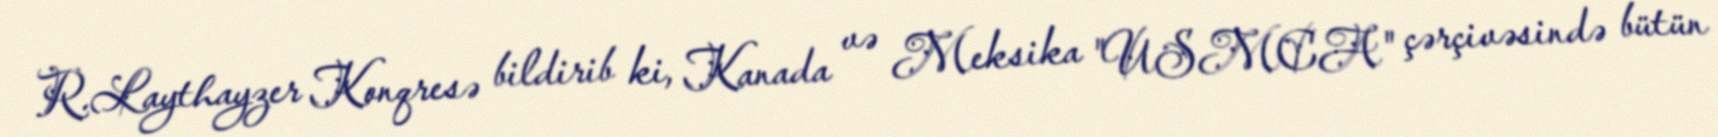
R.Laythayzer Konqresə bildirib ki, Kanada və Meksika "USMCA" çərçivəsində bütün